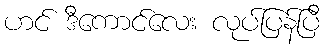
ဟင် ဒီကောင်လေး လုပ်ပြန်ပြီ